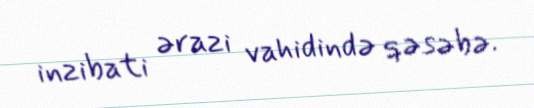
inzibati ərazi vahidində qəsəbə.